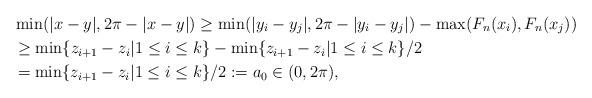
LaTeX: \begin{align*}&\min(|x-y|,2\pi-|x-y|)\geq \min(|y_i-y_j|,2\pi-|y_i-y_j|)-\max(F_n(x_i),F_n(x_j))\\ &\geq \min\{z_{i+1}-z_i|1\leq i\leq k\}-\min\{z_{i+1}-z_i|1\leq i\leq k\}/2\\&=\min\{z_{i+1}-z_i|1\leq i\leq k\}/2:=a_0\in(0,2\pi),\end{align*}